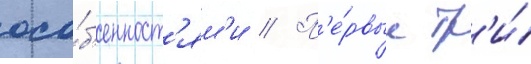
осо́б'енност'ям'и // П'е́рвые тр'и́